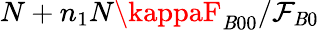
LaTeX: N+n_{1}N\kappaF_{\mathit{B}00}/\mathcal{{F}}_{\mathit{B}0}